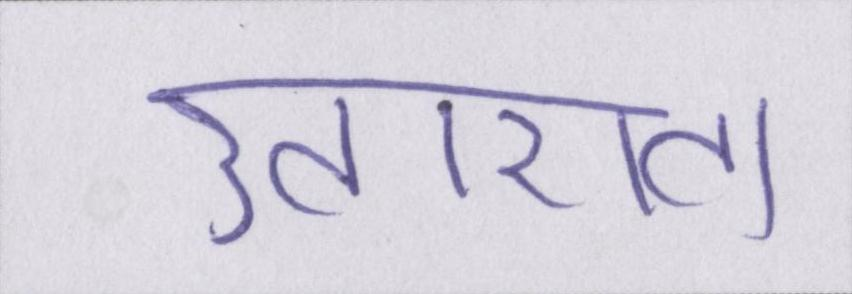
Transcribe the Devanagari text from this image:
उतारता